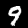
Label: 9